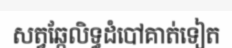
សត្វឆ្កែលិទ្ធដំបៅគាត់ទៀត